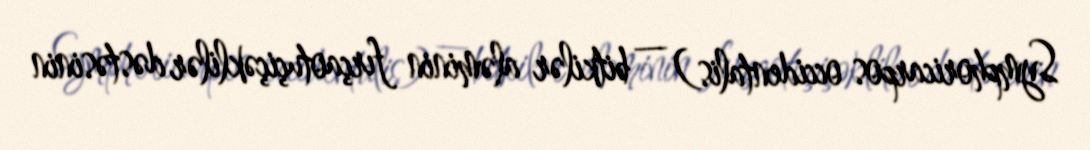
Symphoricarpos occidentalis) — bitkilər aləminin fırçaotuçiçəklilər dəstəsinin